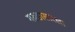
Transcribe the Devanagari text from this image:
गरुडासारखा